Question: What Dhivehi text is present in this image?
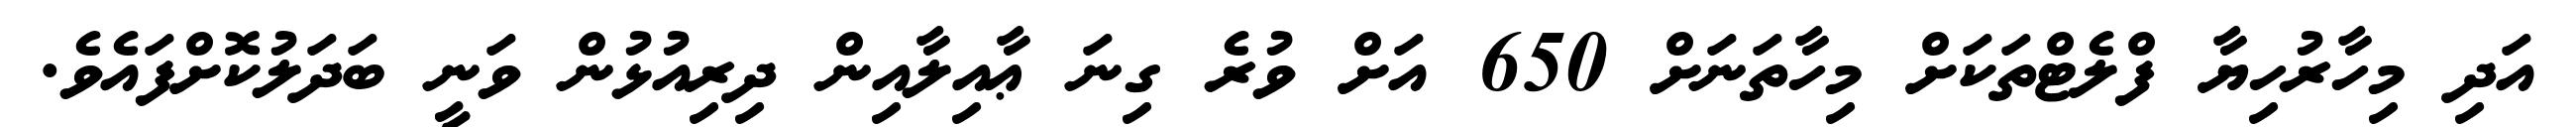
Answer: އަދި މިހާރުހިޔާ ފްލެޓްތަކަށް މިހާތަނަށް 650 އަށް ވުރެ ގިނަ ޢާއިލާއިން ދިރިއުޅުން ވަނީ ބަދަލުކޮށްފައެވެ.